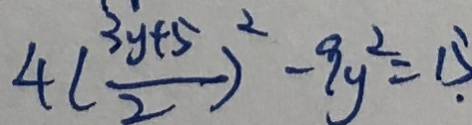
4 ( \frac { 3 y + 5 } { 2 } ) ^ { 2 } - 9 y ^ { 2 } = 1 5